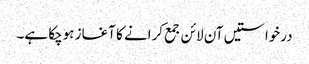
درخواستیں آن لائن جمع کرانے کا آغاز ہوچکا ہے۔